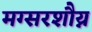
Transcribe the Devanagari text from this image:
मग्सरशौय्न